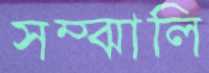
সম্‌ঝালি